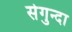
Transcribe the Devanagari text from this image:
सेगुन्दा